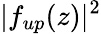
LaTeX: |f_{up}(z)|^{2}